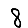
Digit: 8